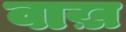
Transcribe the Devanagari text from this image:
वाख़